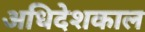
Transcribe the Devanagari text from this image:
अधिदेशकाल